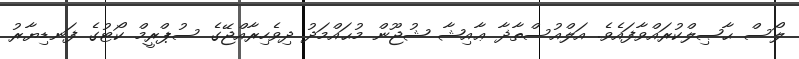
ލޯސް ޙާޞިލްކުރައްވާފައެވެ. އަލްއުސްތާޛާ ޢާއިޝާ ޝުޖޫން މުޙައްމަދު ދިވެހިރާއްޖޭގެ ސުޕްރީމް ކޯޓުގެ ފަނޑިޔާރު